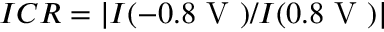
I C R = | I ( - 0 . 8 \mathrm { ~ V ~ } ) / I ( 0 . 8 \mathrm { ~ V ~ } ) |